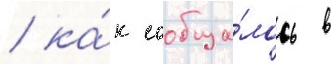
/ ка́к сообща́лось в